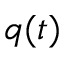
q ( t )